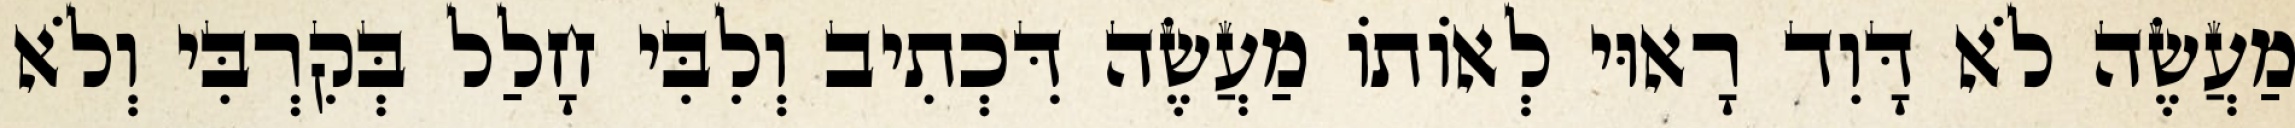
מַעֲשֶׂה לֹא דָּוִד רָאוּי לְאוֹתוֹ מַעֲשֶׂה דִּכְתִיב וְלִבִּי חָלַל בְּקִרְבִּי וְלֹא